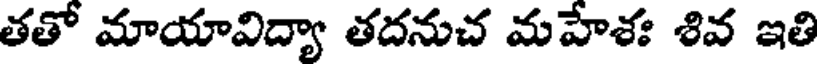
తతో మాయావిద్యా తదనుచ మహేశః శివ ఇతి